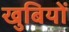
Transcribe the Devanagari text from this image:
खुबियों